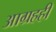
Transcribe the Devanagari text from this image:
आग्रहही